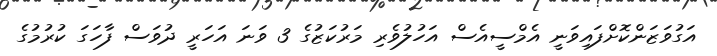
އަގުވަޒަންކޮށްފައިވަނީ އެމްސީއެސް އަހުލުވެރި މަރުކަޒުގެ 3 ވަނަ އަހަރީ ދުވަސް ފާހަގަ ކުރުމުގެ